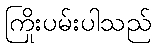
ကြိုးပမ်းပါသည်